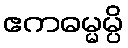
ဧကဓမ္မမ္ပိ